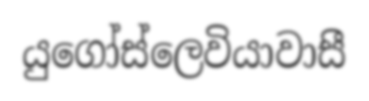
යුගෝස්ලෙවියාවාසී